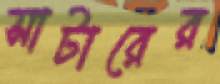
সাটারের